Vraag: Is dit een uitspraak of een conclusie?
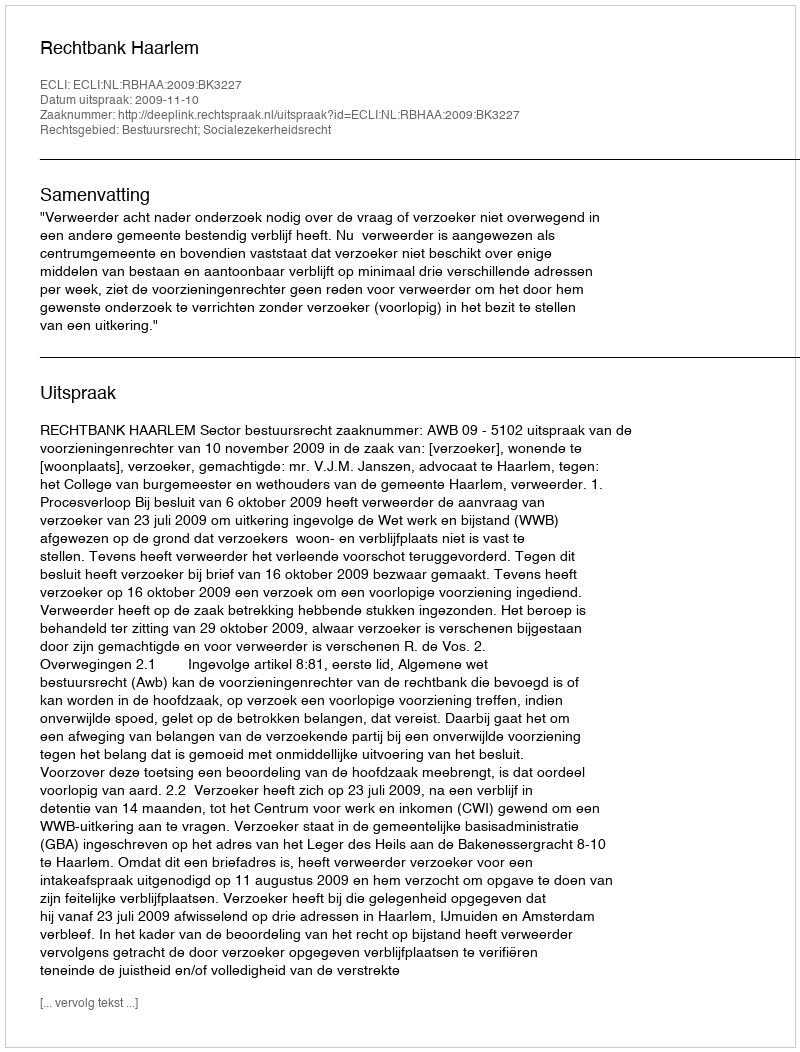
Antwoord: Uitspraak